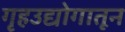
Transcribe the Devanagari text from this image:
गृहउद्योगातून